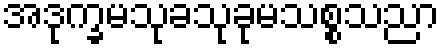
အဒုက္ခမသုခသုခုမသစ္စသညာ